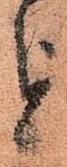
を